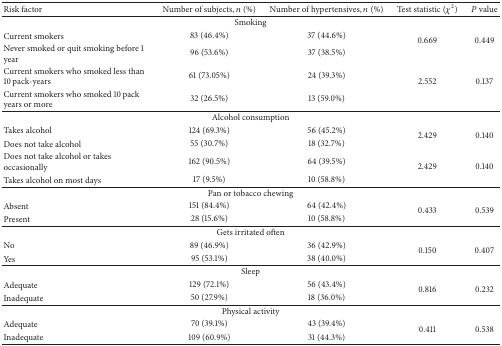
<table><thead><tr><td><b>Risk factor</b></td><td><b>Number of subjects, <i>n</i> (%)</b></td><td><b>Number of hypertensives, <i>n</i> (%)</b></td><td><b>Test statistic (<i>χ</i><sup>2</sup>)</b></td><td><b><i>P</i> value</b></td></tr></thead><tbody><tr><td colspan="5">Smoking</td></tr><tr><td>Current smokers</td><td>83 (46.4%)</td><td>37 (44.6%)</td><td rowspan="2">0.669</td><td rowspan="2">0.449</td></tr><tr><td>Never smoked or quit smoking before 1 year</td><td>96 (53.6%)</td><td>37 (38.5%)</td></tr><tr><td>Current smokers who smoked less than 10 pack-years</td><td>61 (73.05%)</td><td>24 (39.3%)</td><td rowspan="2">2.552</td><td rowspan="2">0.137</td></tr><tr><td>Current smokers who smoked 10 pack years or more</td><td>32 (26.5%)</td><td>13 (59.0%)</td></tr><tr><td colspan="5">Alcohol consumption</td></tr><tr><td>Takes alcohol</td><td>124 (69.3%)</td><td>56 (45.2%)</td><td rowspan="2">2.429</td><td rowspan="2">0.140</td></tr><tr><td>Does not take alcohol</td><td>55 (30.7%)</td><td>18 (32.7%)</td></tr><tr><td>Does not take alcohol or takes occasionally</td><td>162 (90.5%)</td><td>64 (39.5%)</td><td rowspan="2">2.429</td><td rowspan="2">0.140</td></tr><tr><td>Takes alcohol on most days</td><td>17 (9.5%)</td><td>10 (58.8%)</td></tr><tr><td colspan="5">Pan or tobacco chewing</td></tr><tr><td>Absent </td><td>151 (84.4%)</td><td>64 (42.4%)</td><td rowspan="2">0.433</td><td rowspan="2">0.539</td></tr><tr><td>Present </td><td>28 (15.6%)</td><td>10 (58.8%)</td></tr><tr><td colspan="5">Gets irritated often</td></tr><tr><td>No </td><td>89 (46.9%)</td><td>36 (42.9%)</td><td rowspan="2">0.150</td><td rowspan="2">0.407</td></tr><tr><td>Yes</td><td>95 (53.1%)</td><td>38 (40.0%)</td></tr><tr><td colspan="5">Sleep</td></tr><tr><td>Adequate</td><td>129 (72.1%)</td><td>56 (43.4%)</td><td rowspan="2">0.816</td><td rowspan="2">0.232</td></tr><tr><td>Inadequate</td><td>50 (27.9%)</td><td>18 (36.0%)</td></tr><tr><td colspan="5">Physical activity</td></tr><tr><td>Adequate</td><td>70 (39.1%)</td><td>43 (39.4%)</td><td rowspan="2">0.411</td><td rowspan="2">0.538</td></tr><tr><td>Inadequate</td><td>109 (60.9%)</td><td>31 (44.3%)</td></tr></tbody></table>